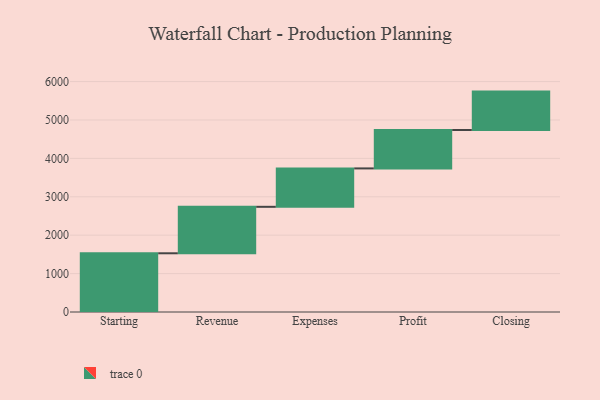
{"axis": {"x": "Step", "y": "Value"}, "legend": [""], "data": [{"x": "Starting", "y": 1529.0, "type": ""}, {"x": "Revenue", "y": 1210.0, "type": ""}, {"x": "Expenses", "y": 1000, "type": ""}, {"x": "Profit", "y": 1000, "type": ""}, {"x": "Closing", "y": 1000, "type": ""}]}